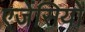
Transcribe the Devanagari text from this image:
एजेंसियों